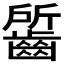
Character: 𪘷